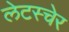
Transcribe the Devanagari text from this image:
लेटस्चेर